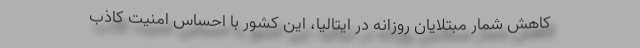
کاهش شمار مبتلایان روزانه در ایتالیا، این کشور با احساس امنیت کاذب